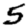
Digit: 5